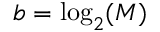
b = \log _ { 2 } ( M )